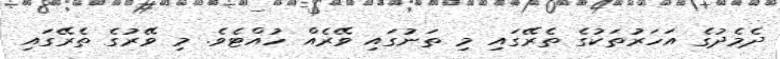
ދެމެދުގެ އަހަރުތަކުގެ ތެރޭގައި މި ތަނުގައި ވޭރެއް ހުއްޓެވެ. މި ވޭރުގެ ތެރޭގައި